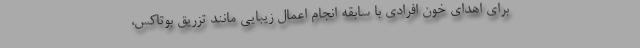
برای اهدای خون افرادی با سابقه انجام اعمال زیبایی مانند تزریق بوتاکس،